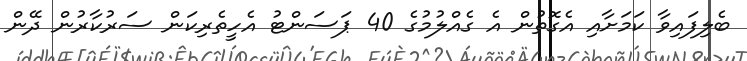
ބެލިފައިވާ ކަމަށާއި އެގޮތުން އެ ގެއްލުމުގެ 40 ޕަސަންޓު އެހީތެރިކަން ސަރުކާރުން ދޭން